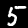
Label: 5